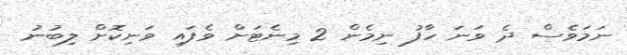
ނަމަވެސް ދެ ވަނަ ހާފު ނިމެން 2 މިނެޓަށް ވެފައި ވަނިކޮށް ލިބުނު